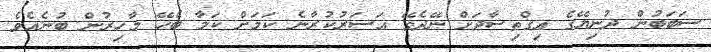
ސަބަބުން ދުނިޔޭގެ އިގްތިސާދަށް ނޭދެވޭ އަސަރުކުރާނެ ކަމަށް ކަމާ ބެހޭ މާހިރުން ބުނެއެވެ.